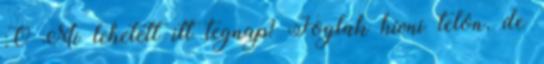
:O Mi lehetett itt tegnap? Foglak hívni telón, de